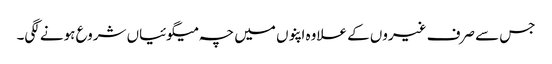
جس سے صرف غیروں کے علاوہ اپنوں میں چہ میگوئیاں شروع ہونے لگی۔